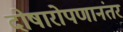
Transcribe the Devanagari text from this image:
दोषारोपणानंतर